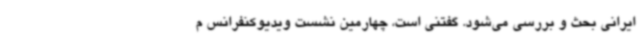
ایرانی بحث و بررسی می‌شود. گفتنی است، چهارمین نشست ویدیوکنفرانس م